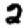
Digit: 2